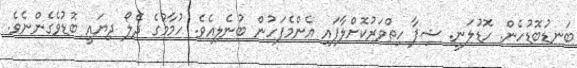
ބަނޑުބޮޑުހެން. ހޮޑުލަނީ. ޝިފާ ހިތްވަރުކޮށްލާފައި އެންމެފަހުން ބުނެލިއެވެ. ހުމާމުގެ ދެލޯ ދިޔައީ ބޮޑުވެގެންނެވެ.